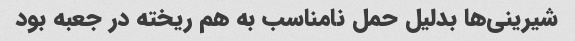
شیرینی‌ها بدلیل حمل نامناسب به هم ریخته در جعبه بود